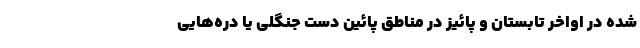
شده در اواخر تابستان و پائیز در مناطق پائین دست جنگلی یا دره‌هایی